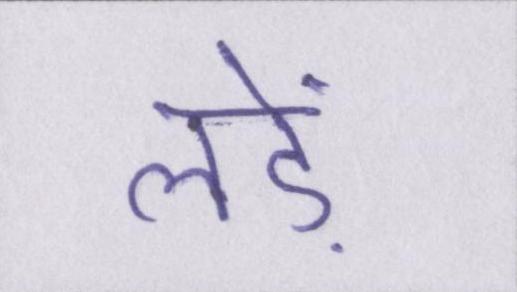
लड़ें